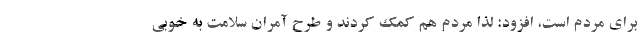
برای مردم است، افزود: لذا مردم هم کمک کردند و طرح آمران سلامت به خوبی